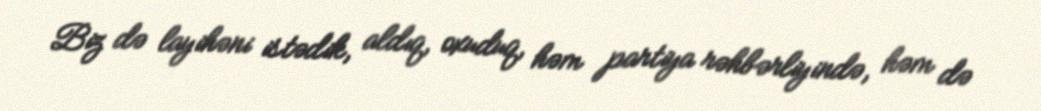
Biz də layihəni istədik, aldıq, oxuduq, həm partiya rəhbərliyində, həm də